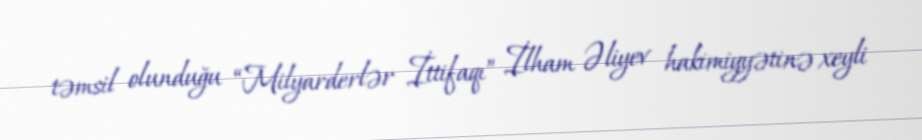
təmsil olunduğu “Milyarderlər İttifaqı” İlham Əliyev hakimiyyətinə xeyli